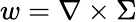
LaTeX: w=\nabla\times\Sigma